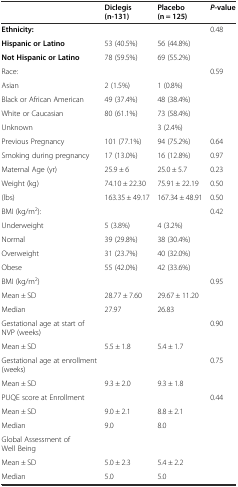
<table><thead><tr><td></td><td><b>Diclegis (n-131)</b></td><td><b>Placebo (n = 125)</b></td><td><b><i>P</i>-value</b></td></tr></thead><tbody><tr><td><b>Ethnicity:</b></td><td></td><td></td><td>0.48</td></tr><tr><td><b>Hispanic or Latino</b></td><td>53 (40.5%)</td><td>56 (44.8%)</td><td></td></tr><tr><td><b>Not Hispanic or Latino</b></td><td>78 (59.5%)</td><td>69 (55.2%)</td><td></td></tr><tr><td>Race:</td><td></td><td></td><td>0.59</td></tr><tr><td>Asian</td><td>2 (1.5%)</td><td>1 (0.8%)</td><td></td></tr><tr><td>Black or African American</td><td>49 (37.4%)</td><td>48 (38.4%)</td><td></td></tr><tr><td>White or Caucasian</td><td>80 (61.1%)</td><td>73 (58.4%)</td><td></td></tr><tr><td>Unknown</td><td></td><td>3 (2.4%)</td><td></td></tr><tr><td>Previous Pregnancy</td><td>101 (77.1%)</td><td>94 (75.2%)</td><td>0.64</td></tr><tr><td>Smoking during pregnancy</td><td>17 (13.0%)</td><td>16 (12.8%)</td><td>0.97</td></tr><tr><td>Maternal Age (yr)</td><td>25.9 ± 6</td><td>25.0 ± 5.7</td><td>0.23</td></tr><tr><td>Weight (kg)</td><td>74.10 ± 22.30</td><td>75.91 ± 22.19</td><td>0.50</td></tr><tr><td>(lbs)</td><td>163.35 ± 49.17</td><td>167.34 ± 48.91</td><td>0.50</td></tr><tr><td>BMI (kg/m<sup>2</sup>):</td><td></td><td></td><td>0.42</td></tr><tr><td>Underweight</td><td>5 (3.8%)</td><td>4 (3.2%)</td><td></td></tr><tr><td>Normal</td><td>39 (29.8%)</td><td>38 (30.4%)</td><td></td></tr><tr><td>Overweight</td><td>31 (23.7%)</td><td>40 (32.0%)</td><td></td></tr><tr><td>Obese</td><td>55 (42.0%)</td><td>42 (33.6%)</td><td></td></tr><tr><td>BMI (kg/m<sup>2</sup>)</td><td></td><td></td><td>0.95</td></tr><tr><td>Mean ± SD</td><td>28.77 ± 7.60</td><td>29.67 ± 11.20</td><td></td></tr><tr><td>Median</td><td>27.97</td><td>26.83</td><td></td></tr><tr><td>Gestational age at start of NVP (weeks)</td><td></td><td></td><td>0.90</td></tr><tr><td>Mean ± SD</td><td>5.5 ± 1.8</td><td>5.4 ± 1.7</td><td></td></tr><tr><td>Gestational age at enrollment (weeks)</td><td></td><td></td><td>0.75</td></tr><tr><td>Mean ± SD</td><td>9.3 ± 2.0</td><td>9.3 ± 1.8</td><td></td></tr><tr><td>PUQE score at Enrollment</td><td></td><td></td><td>0.44</td></tr><tr><td>Mean ± SD</td><td>9.0 ± 2.1</td><td>8.8 ± 2.1</td><td></td></tr><tr><td>Median</td><td>9.0</td><td>8.0</td><td></td></tr><tr><td>Global Assessment of Well Being</td><td></td><td></td><td></td></tr><tr><td>Mean ± SD</td><td>5.0 ± 2.3</td><td>5.4 ± 2.2</td><td></td></tr><tr><td>Median</td><td>5.0</td><td>5.0</td><td></td></tr></tbody></table>